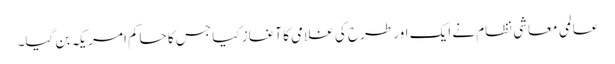
عالمی معاشی نظام نے ایک اور طرح کی غلامی کا آغاز کیا جس کا حاکم امریکہ بن گیا۔